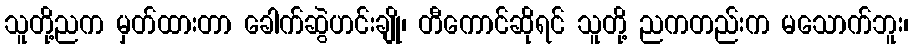
သူတို့ညက မှတ်ထားတာ ခေါက်ဆွဲဟင်းချို၊ တီကောင်ဆိုရင် သူတို့ ညကတည်းက မသောက်ဘူး၊